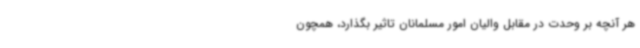
هر آنچه بر وحدت در مقابل والیان امور مسلمانان تاثیر بگذارد، همچون